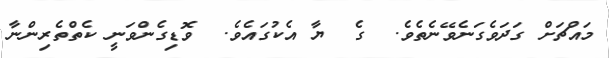
މައްޗަށް ގަދަވެގަނެވޭނެތެވެ.  ގެ  ޔާ އެކުގައެވެ.  ވޮޑިގެންވަނީ ކެތްތެރިންނާ